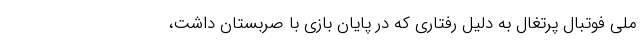
ملی فوتبال پرتغال به دلیل رفتاری که در پایان بازی با صربستان داشت،